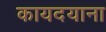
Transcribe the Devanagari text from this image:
कायदयाना